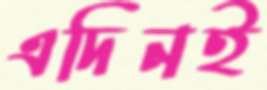
এদিনই